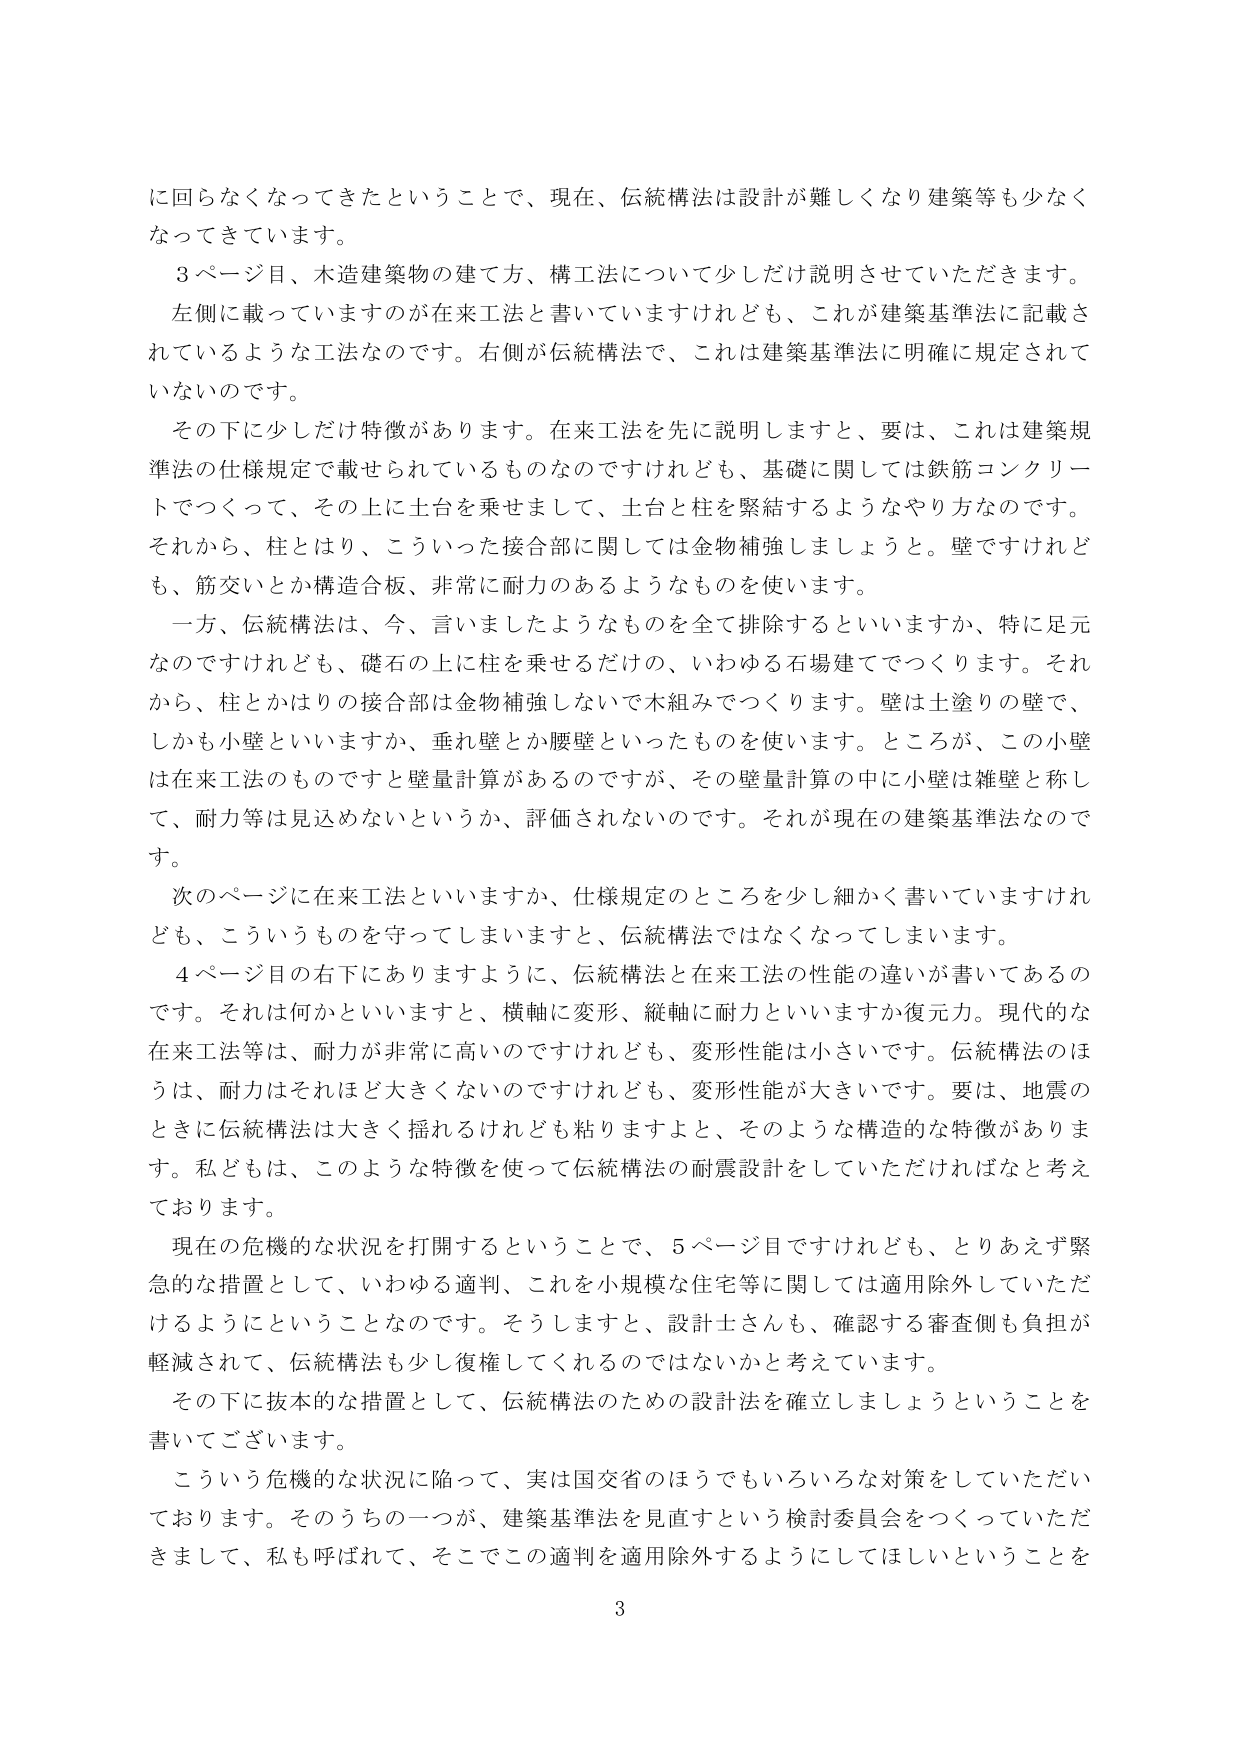
に回らなくなってきたということで、現在、伝統構法は設計が難しくなり建築等も少なくなっています。

３ページ目、木造建築物の建て方、構工法について少しだけ説明させていただきます。
左側に載っていますのが在来工法と書いていますけれども、これが建築基準法に記載されているような工法なのです。右側が伝統構法で、これは建築基準法に明確に規定されていないのです。

その下に少しだけ特徴があります。在来工法を先に説明しますと、要は、これは建築規準法の仕様規定で載せられているものなのですが、基礎に関しては鉄筋コンクリートでつくって、その上に土台を乗せまして、土台と柱を緊結するようなやり方なのです。それから、柱とはり、こういった接合部に関しては金物補強しましょうと。壁ですけれども、筋交いとか構造合板、非常に耐力のあるようなものを使います。

一方、伝統構法は、今、言いましたようなものを全て排除するといいますか、特に足元なのですが、礎石の上に柱を乗せるだけの、いわゆる石場建てでつくります。それから、柱とかはりの接合部は金物補強しないで木組みでつくります。壁は土塗りの壁で、しかも小壁といいますか、垂れ壁とか腰壁といったものを使います。ところが、この小壁は在来工法のものですと壁量計算があるのですが、その壁量計算の中に小壁は雑壁と称して、耐力等は見込めないというか、評価されないのです。それが現在の建築基準法なのです。

次のページに在来工法といいますか、仕様規定のところを少し細かく書いていますけれども、こういうものを守ってしまいますと、伝統構法ではなくなってしまいます。

４ページ目の右下にありますように、伝統構法と在来工法の性能の違いが書いてあるのです。それは何かといいますと、横軸に変形、縦軸に耐力といいますか復元力。現代的な在来工法等は、耐力が非常に高いのですが、変形性能は小さいです。伝統構法のほうは、耐力はそれほど大きくないのですが、変形性能が大きいです。要は、地震のときに伝統構法は大きく揺れるけれども粘りますよと、そのような構造的な特徴があります。私どもは、このような特徴を使って伝統構法の耐震設計をしていただければなと考えております。

現在の危機的な状況を打開するということで、５ページ目ですけれども、とりあえず緊急的な措置として、いわゆる適判、これを小規模な住宅等に関しては適用除外していただけるようにということなのです。そうしますと、設計士さんも、確認する審査側も負担が軽減されて、伝統構法も少し復権してくれるのではないかと考えています。

その下に抜本的な措置として、伝統構法のための設計法を確立しましょうということを書いてございます。

こういう危機的な状況に陥って、実は国交省のほうでもいろいろな対策をしていただいております。そのうちの一つが、建築基準法を見直すという検討委員会をつくっていただきまして、私も呼ばれて、そこでこの適判を適用除外するようにしてほしいということを

3